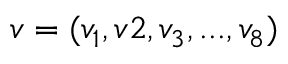
v = ( v _ { 1 } , v 2 , v _ { 3 } , . . . , v _ { 8 } )